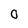
Character: O